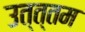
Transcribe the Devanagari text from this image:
उत्त्तम